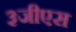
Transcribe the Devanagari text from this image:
३जीएस